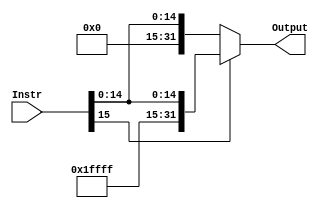
module Sign_Extend (
    input wire [15:0] Instr,
    output reg [31:0] Output
);
    

always @(*)


    begin

    if(Instr[15])
   
    Output = {16'hFFFF,Instr};
      

    else
    Output = {16'h0000,Instr};

    end

endmodule